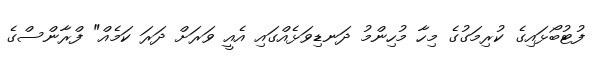
ފުޓުބޯޅައިގެ ކުރިމަގުގެ މިހާ މުހިންމު ދަނޑިވަޅެއްގައި އެއީ ވަރަށް ދަރަ ކަމެއް" ފްރާންސްގެ